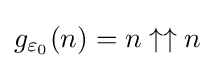
g_{\varepsilon _{0}}(n)=n\uparrow \uparrow n